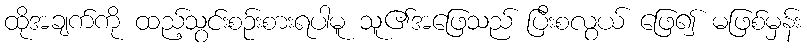
ထိုအချက်ကို ထည့်သွင်းစဉ်းစားရပါမူ သူ၏အဖြေသည် ပြီးစလွယ် ဖြေ၍ မဖြစ်မှန်း